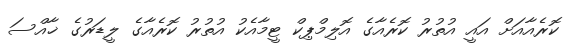
ކޮރެއާއަށް އައީ އުތުރު ކޮރެއާގެ އޮލިމްޕިކް ޓީމާއެކު އުތުރު ކޮރެއާގެ ލީޑަރުގެ ޚާއްސަ